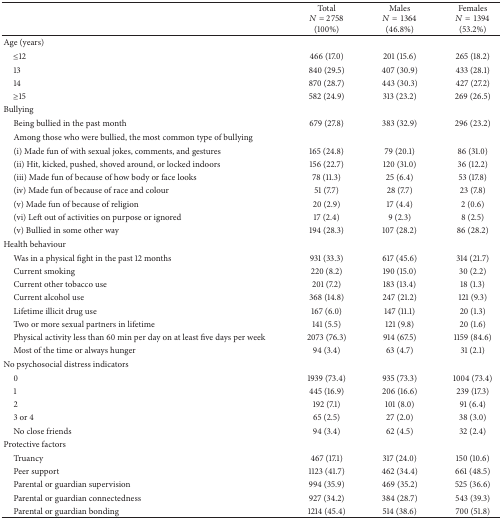
<table><thead><tr><td><b> </b></td><td><b>Total<i>N</i> = 2758 (100%)</b></td><td><b>Males<i>N</i> = 1364 (46.8%)</b></td><td><b>Females<i>N</i> = 1394 (53.2%)</b></td></tr></thead><tbody><tr><td>Age (years)</td><td> </td><td> </td><td> </td></tr><tr><td> ≤12</td><td>466 (17.0)</td><td>201 (15.6)</td><td>265 (18.2)</td></tr><tr><td> 13</td><td>840 (29.5)</td><td>407 (30.9)</td><td>433 (28.1)</td></tr><tr><td> 14</td><td>870 (28.7)</td><td>443 (30.3)</td><td>427 (27.2)</td></tr><tr><td> ≥15</td><td>582 (24.9)</td><td>313 (23.2)</td><td>269 (26.5)</td></tr><tr><td>Bullying</td><td> </td><td> </td><td> </td></tr><tr><td> Being bullied in the past month</td><td>679 (27.8)</td><td>383 (32.9)</td><td>296 (23.2)</td></tr><tr><td> Among those who were bullied, the most common type of bullying</td><td> </td><td> </td><td> </td></tr><tr><td> (i) Made fun of with sexual jokes, comments, and gestures</td><td>165 (24.8)</td><td>79 (20.1)</td><td>86 (31.0)</td></tr><tr><td> (ii) Hit, kicked, pushed, shoved around, or locked indoors</td><td>156 (22.7)</td><td>120 (31.0)</td><td>36 (12.2)</td></tr><tr><td> (iii) Made fun of because of how body or face looks</td><td>78 (11.3)</td><td>25 (6.4)</td><td>53 (17.8)</td></tr><tr><td> (iv) Made fun of because of race and colour</td><td>51 (7.7)</td><td>28 (7.7)</td><td>23 (7.8)</td></tr><tr><td> (v) Made fun of because of religion</td><td>20 (2.9)</td><td>17 (4.4)</td><td>2 (0.6)</td></tr><tr><td> (vi) Left out of activities on purpose or ignored</td><td>17 (2.4)</td><td>9 (2.3)</td><td>8 (2.5)</td></tr><tr><td> (v) Bullied in some other way</td><td>194 (28.3)</td><td>107 (28.2)</td><td>86 (28.2)</td></tr><tr><td>Health behaviour</td><td> </td><td> </td><td> </td></tr><tr><td> Was in a physical fight in the past 12 months</td><td>931 (33.3)</td><td>617 (45.6)</td><td>314 (21.7)</td></tr><tr><td> Current smoking</td><td>220 (8.2)</td><td>190 (15.0)</td><td>30 (2.2)</td></tr><tr><td> Current other tobacco use</td><td>201 (7.2)</td><td>183 (13.4)</td><td>18 (1.3)</td></tr><tr><td> Current alcohol use</td><td>368 (14.8)</td><td>247 (21.2)</td><td>121 (9.3)</td></tr><tr><td> Lifetime illicit drug use</td><td>167 (6.0)</td><td>147 (11.1)</td><td>20 (1.3)</td></tr><tr><td> Two or more sexual partners in lifetime</td><td>141 (5.5)</td><td>121 (9.8)</td><td>20 (1.6)</td></tr><tr><td> Physical activity less than 60 min per day on at least five days per week</td><td>2073 (76.3)</td><td>914 (67.5)</td><td>1159 (84.6)</td></tr><tr><td> Most of the time or always hunger</td><td>94 (3.4)</td><td>63 (4.7)</td><td>31 (2.1)</td></tr><tr><td>No psychosocial distress indicators</td><td> </td><td> </td><td> </td></tr><tr><td> 0</td><td>1939 (73.4)</td><td>935 (73.3)</td><td>1004 (73.4)</td></tr><tr><td> 1</td><td>445 (16.9)</td><td>206 (16.6)</td><td>239 (17.3)</td></tr><tr><td> 2</td><td>192 (7.1)</td><td>101 (8.0)</td><td>91 (6.4)</td></tr><tr><td> 3 or 4</td><td>65 (2.5)</td><td>27 (2.0)</td><td>38 (3.0)</td></tr><tr><td> No close friends</td><td>94 (3.4)</td><td>62 (4.5)</td><td>32 (2.4)</td></tr><tr><td>Protective factors</td><td> </td><td> </td><td> </td></tr><tr><td> Truancy</td><td>467 (17.1)</td><td>317 (24.0)</td><td>150 (10.6)</td></tr><tr><td> Peer support</td><td>1123 (41.7)</td><td>462 (34.4)</td><td>661 (48.5)</td></tr><tr><td> Parental or guardian supervision </td><td>994 (35.9)</td><td>469 (35.2)</td><td>525 (36.6)</td></tr><tr><td> Parental or guardian connectedness</td><td>927 (34.2)</td><td>384 (28.7)</td><td>543 (39.3)</td></tr><tr><td> Parental or guardian bonding</td><td>1214 (45.4)</td><td>514 (38.6)</td><td>700 (51.8)</td></tr></tbody></table>